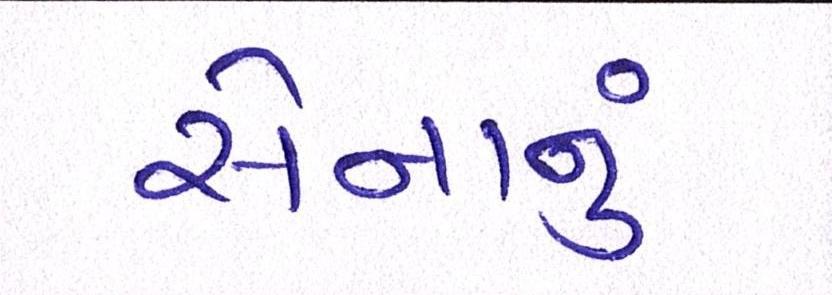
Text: સેનાનું